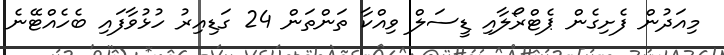
މިއަދުން ފެށިގެން ޕެޓްރޯލާއި ޑީސަލް ވިއްކާ ތަންތަން 24 ގަޑިއިރު ހުޅުވާފައި ބެހެއްޓޭނެ